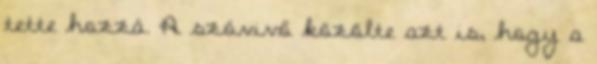
tette hozzá. A szóvivő közölte azt is, hogy a